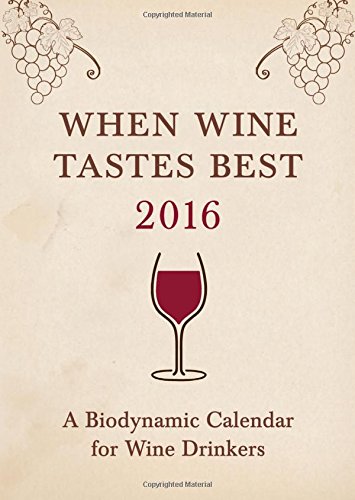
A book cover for When Wine Tastes Best: A Biodynamic Calendar for Wine Drinkers 2016; Matthias K. Thun; Calendars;